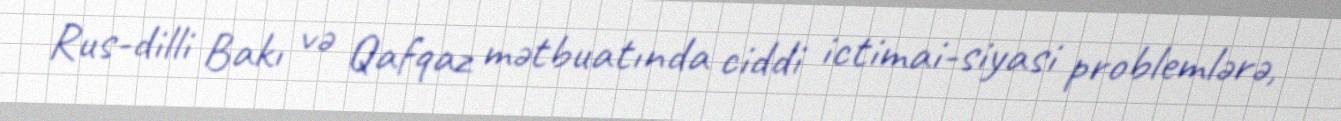
Rus-dilli Bakı və Qafqaz mətbuatında ciddi ictimai-siyasi problemlərə,